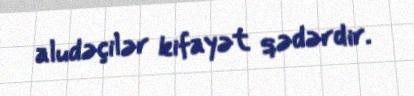
aludəçilər kifayət qədərdir.